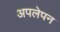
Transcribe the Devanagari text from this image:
अपलेपन